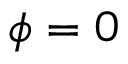
\phi = 0